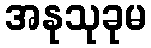
အနုသုခုမ